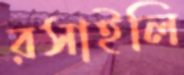
রসাইলি